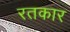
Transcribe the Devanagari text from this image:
रतकार